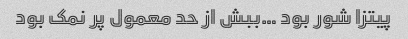
پیتزا شور بود …ببش از حد معمول پر نمک بود